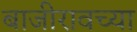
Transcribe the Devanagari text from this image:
बाजीरावच्या